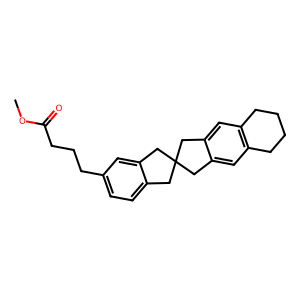
SMILES: COC(=O)CCCc1ccc2c(c1)CC1(C2)Cc2cc3c(cc2C1)CCCC3
Inhibits HIV replication: No